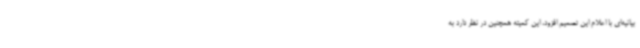
بیانیه‌ای با اعلام این تصمیم افزود، این کمیته همچنین در نظر دارد به